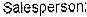
SALESPERSON: